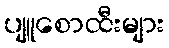
ပျူစောထီးများ